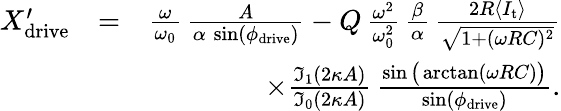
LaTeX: \begin{array}{rlr}{X_{\mathrm{drive}}^{\prime}}&{=}&{\frac{\omega}{\omega_{0}}\, \frac{A}{\alpha\, \sin(\phi_{\mathrm{drive}})}-Q\, \frac{\omega^{2}}{\omega_{0}^{2}}\, \frac{\beta}{\alpha}\, \frac{2R\langle I_{\mathrm{t}}\rangle}{\sqrt{1+(\omega RC)^{2}}}}\\ &{}&{\times\frac{\mathfrak{I}_{1}(2\kappa A)}{\mathfrak{I}_{0}(2\kappa A)}\, \frac{\sin\big(\arctan(\omega RC)\big)}{\sin(\phi_{\mathrm{drive}})}.}\end{array}